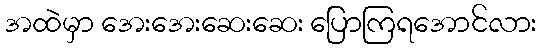
အထဲမှာ အေးအေးဆေးဆေး ပြောကြရအောင်လား